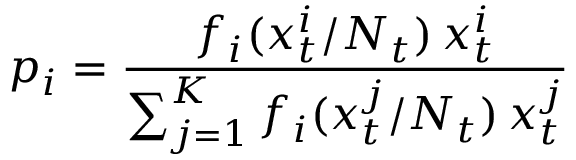
p _ { i } = \frac { f _ { i } ( x _ { t } ^ { i } / N _ { t } ) \, x _ { t } ^ { i } } { \sum _ { j = 1 } ^ { K } f _ { i } ( x _ { t } ^ { j } / N _ { t } ) \, x _ { t } ^ { j } }